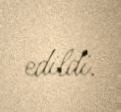
edildi.